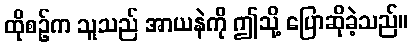
ထိုစဉ်က သူသည် အာယနဲကို ဤသို့ ပြောဆိုခဲ့သည်။